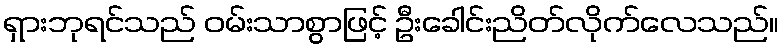
ရှားဘုရင်သည် ဝမ်းသာစွာဖြင့် ဦးခေါင်းညိတ်လိုက်လေသည်။